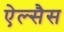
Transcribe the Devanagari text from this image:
ऐल्सैस